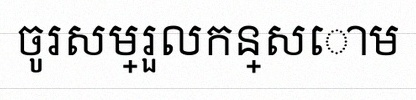
ចូរសម្រួលកន្សោម